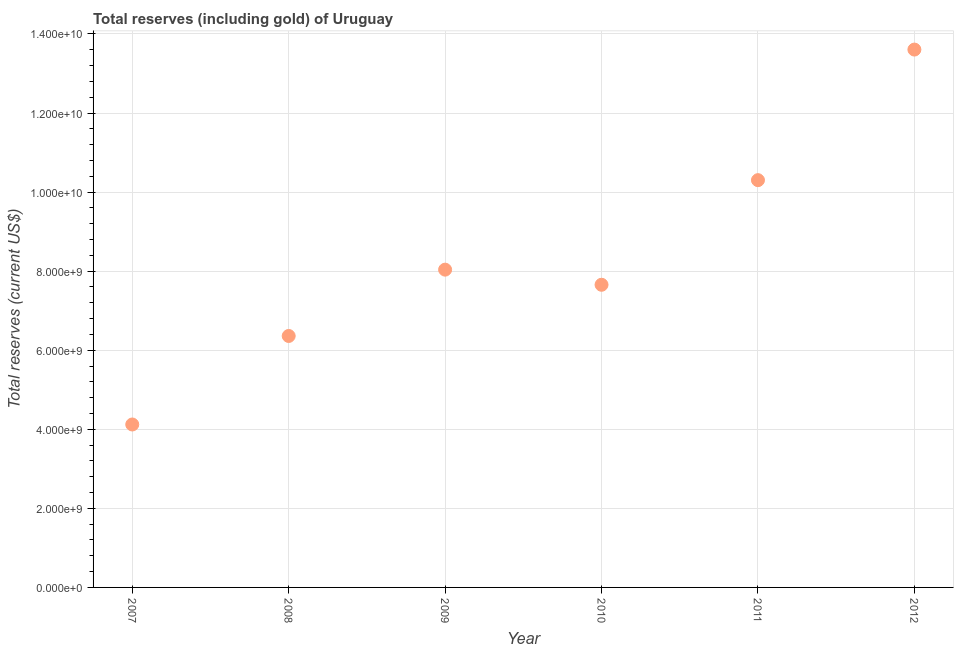
| Year | Total reserves (includes gold |
 | --- | --- |
 | 2007 | 4.12e+09 |
 | 2008 | 6.36e+09 |
 | 2009 | 8.04e+09 |
 | 2010 | 7.66e+09 |
 | 2011 | 1.03e+10 |
 | 2012 | 1.36e+10 |